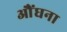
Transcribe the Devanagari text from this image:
औंघना